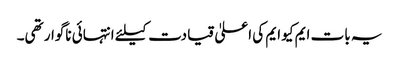
یہ بات ایم کیو ایم کی اعلیٰ قیادت کیلئے انتہائی ناگوار تھی۔